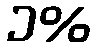
၁%